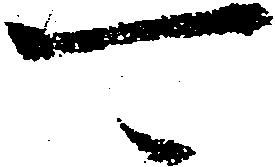
可